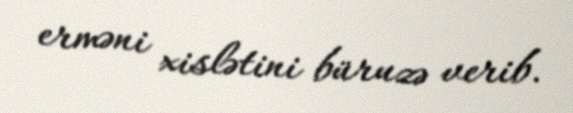
erməni xislətini büruzə verib.